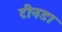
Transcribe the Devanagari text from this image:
टीनडा